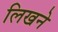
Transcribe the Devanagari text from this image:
लिखने